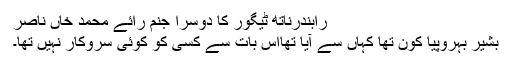
رابندرناتھ ٹیگور کا دوسرا جنم رائے محمد خاں ناصر
بشیر بہروپیا کون تھا کہاں سے آیا تھااس بات سے کسی کو کوئی سروکار نہیں تھا۔